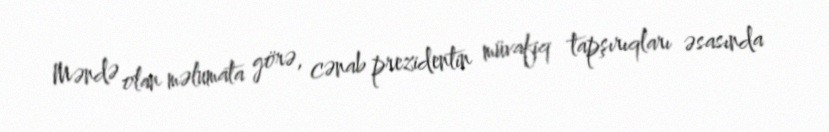
Məndə olan məlumata görə, cənab prezidentin müvafiq tapşırıqları əsasında